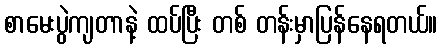
စာမေးပွဲကျတာနဲ့ ထပ်ပြီး တစ် တန်းမှာပြန်နေရတယ်။